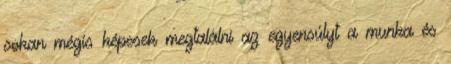
sokan mégis képesek megtalálni az egyensúlyt a munka és